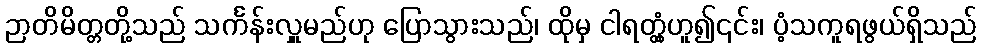
ဉာတိမိတ္တတို့သည် သင်္ကန်းလှူမည်ဟု ပြောသွားသည်၊ ထိုမှ ငါရတ္တံ့ဟူ၍၎င်း၊ ပံ့သကူရဖွယ်ရှိသည်